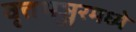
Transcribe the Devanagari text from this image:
वृत्तभञ्जरमध्ये